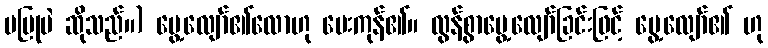
မပြုပဲ ဆိုသည်။) မွေ့လျော်၏လောဟု မေးကုန်၏။ လွန်စွာမွေ့လျော်ခြင်းဖြင့် မွေ့လျော်၏ ဟု